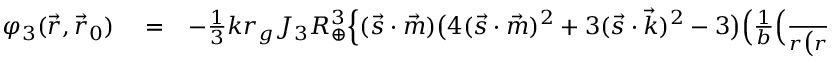
\begin{array} { r l r } { \varphi _ { 3 } ( \vec { r } , \vec { r } _ { 0 } ) } & { { } = } & { - { \textstyle \frac { 1 } { 3 } } k r _ { g } J _ { 3 } R _ { \oplus } ^ { 3 } \Big \{ ( \vec { s } \cdot \vec { m } ) \big ( 4 ( { \vec { s } } \cdot { \vec { m } } ) ^ { 2 } + 3 ( { \vec { s } } \cdot { \vec { k } } ) ^ { 2 } - 3 \big ) \Big ( \frac { 1 } { b } \Big ( \frac { 1 } { r \big ( r + ( { \vec { k } } \cdot { \vec { r } } ) \big ) } - \frac { ( \vec { k } \cdot \vec { r } ) } { 2 r ^ { 3 } } \Big ) - } \end{array}